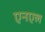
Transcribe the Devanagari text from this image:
एनएल